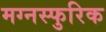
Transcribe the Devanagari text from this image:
मग्नस्फुरिक